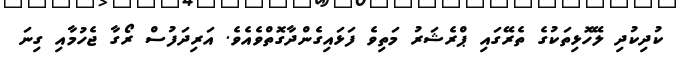
ކުދިކުދި ލޭހޮޅިތަކުގެ ތެރޭގައި ޕްރެޝަރު މަތިވެ ފަޅައިގެންދާގޮތްވެއެވެ. އަރިދަފުސް ރޯގާ ޖެހުމާއި ގިނަ